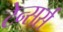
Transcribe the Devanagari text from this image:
टेन्सर्स